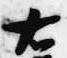
右